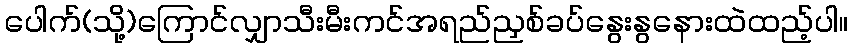
ပေါက်(သို့)ကြောင်လျှာသီးမီးကင်အရည်ညှစ်ခပ်နွေးနွနေားထဲထည့်ပါ။